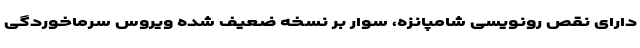
دارای نقص رونویسی شامپانزه، سوار بر نسخه ضعیف شده ویروس سرماخوردگی